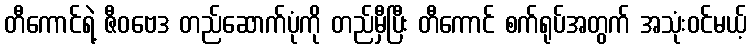
တီကောင်ရဲ့ ဇီဝဗေဒ တည်ဆောက်ပုံကို တည်မှီပြီး တီကောင် စက်ရုပ်အတွက် အသုံးဝင်မယ့်